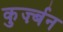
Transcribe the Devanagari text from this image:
कुर्ज़्बन